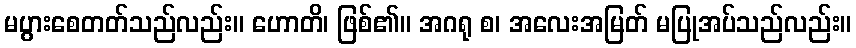
မပွားစေတတ်သည်လည်း။ ဟောတိ၊ ဖြစ်၏။ အဂရု စ၊ အလေးအမြတ် မပြုအပ်သည်လည်း။